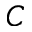
C